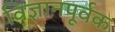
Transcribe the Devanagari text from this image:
विज्ञानपूर्वक